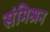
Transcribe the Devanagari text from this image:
संमिश्रन